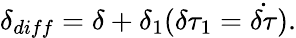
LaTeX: \delta_{diff}=\delta+\delta_{1}(\delta\tau_{1}=\dot{\delta\tau}).